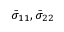
\bar { \sigma } _ { 1 1 } , \bar { \sigma } _ { 2 2 }